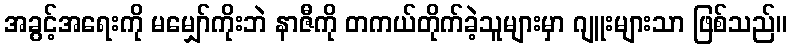
အခွင့်အရေးကို မမျှော်ကိုးဘဲ နာဇီကို တကယ်တိုက်ခဲ့သူများမှာ ဂျူးများသာ ဖြစ်သည်။